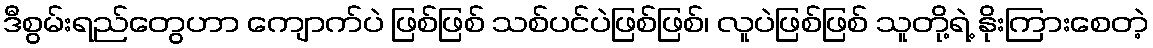
ဒီစွမ်းရည်တွေဟာ ကျောက်ပဲ ဖြစ်ဖြစ် သစ်ပင်ပဲဖြစ်ဖြစ်၊ လူပဲဖြစ်ဖြစ် သူတို့ရဲ့ နိုးကြားစေတဲ့